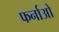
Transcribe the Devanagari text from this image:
फर्नाओ